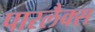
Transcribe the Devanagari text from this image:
पारलैक्स